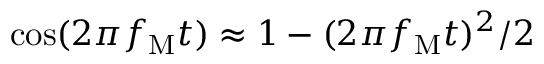
\cos ( 2 \pi f _ { \mathrm { M } } t ) \approx 1 - ( 2 \pi f _ { \mathrm { M } } t ) ^ { 2 } / 2